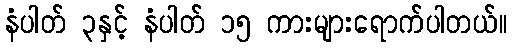
နံပါတ် ၃နှင့် နံပါတ် ၁၅ ကားများရောက်ပါတယ်။